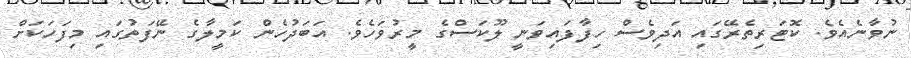
ނުވާނެއެވެ. ކޮޓަރިތެރޭގައި އަދިވެސް ހިފާފައިވަނީ ލޫކަސްގެ މީރުވަހެވެ. އަބަދުހެން ކަމީލާގެ ނޭފަތުގައި މިފަހަކަށް